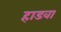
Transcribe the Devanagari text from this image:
हाडवा